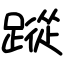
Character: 蹤